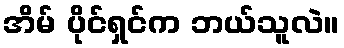
အိမ် ပိုင်ရှင်က ဘယ်သူလဲ။